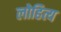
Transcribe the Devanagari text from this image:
लोहित्य